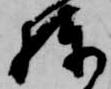
棟